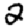
Digit: 2